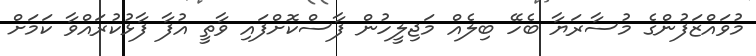
މުވައްޒަފުންގެ މުސާރަޔާ ބެހޭ ބިލެއް މަޖިލީހުން ފާސްކޮށްފައި ވާތީ އުފާ ފާޅުކުރައްވާ ކަމަށް